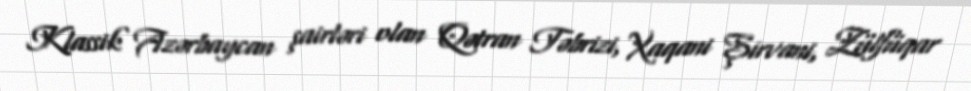
Klassik Azərbaycan şairləri olan Qətran Təbrizi, Xaqani Şirvani, Zülfüqar